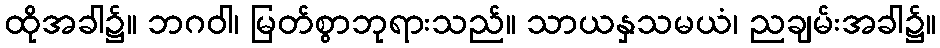
ထိုအခါ၌။ ဘဂဝါ၊ မြတ်စွာဘုရားသည်။ သာယနှသမယံ၊ ညချမ်းအခါ၌။